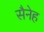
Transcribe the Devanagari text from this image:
सैनेह